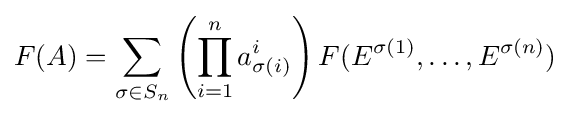
F(A)=\sum _{\sigma \in S_{n}}\left(\prod _{i=1}^{n}a_{\sigma (i)}^{i}\right)F(E^{\sigma (1)},\dots ,E^{\sigma (n)})